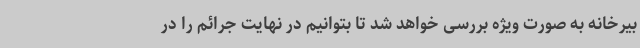
بیرخانه به صورت ویژه بررسی خواهد شد تا بتوانیم در نهایت جرائم را در